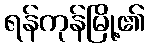
ရန်ကုန်မြို့၏